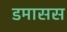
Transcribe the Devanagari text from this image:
डमासस